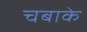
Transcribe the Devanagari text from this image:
चबाके